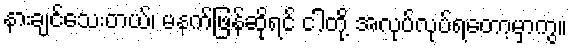
နားချင်သေးတယ်၊ မနက်ဖြန်ဆိုရင် ငါတို့ အလုပ်လုပ်ရတော့မှာကွ။